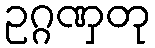
ဥဂ္ဂဏှတု